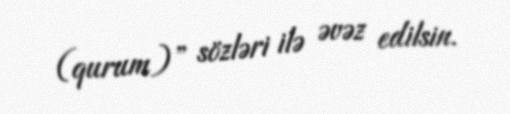
(qurum)” sözləri ilə əvəz edilsin.